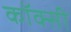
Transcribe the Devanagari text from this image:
कॉक्सी